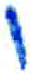
אות: ו